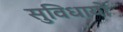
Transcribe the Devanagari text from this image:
सुविधायों